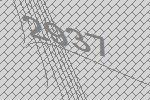
2937